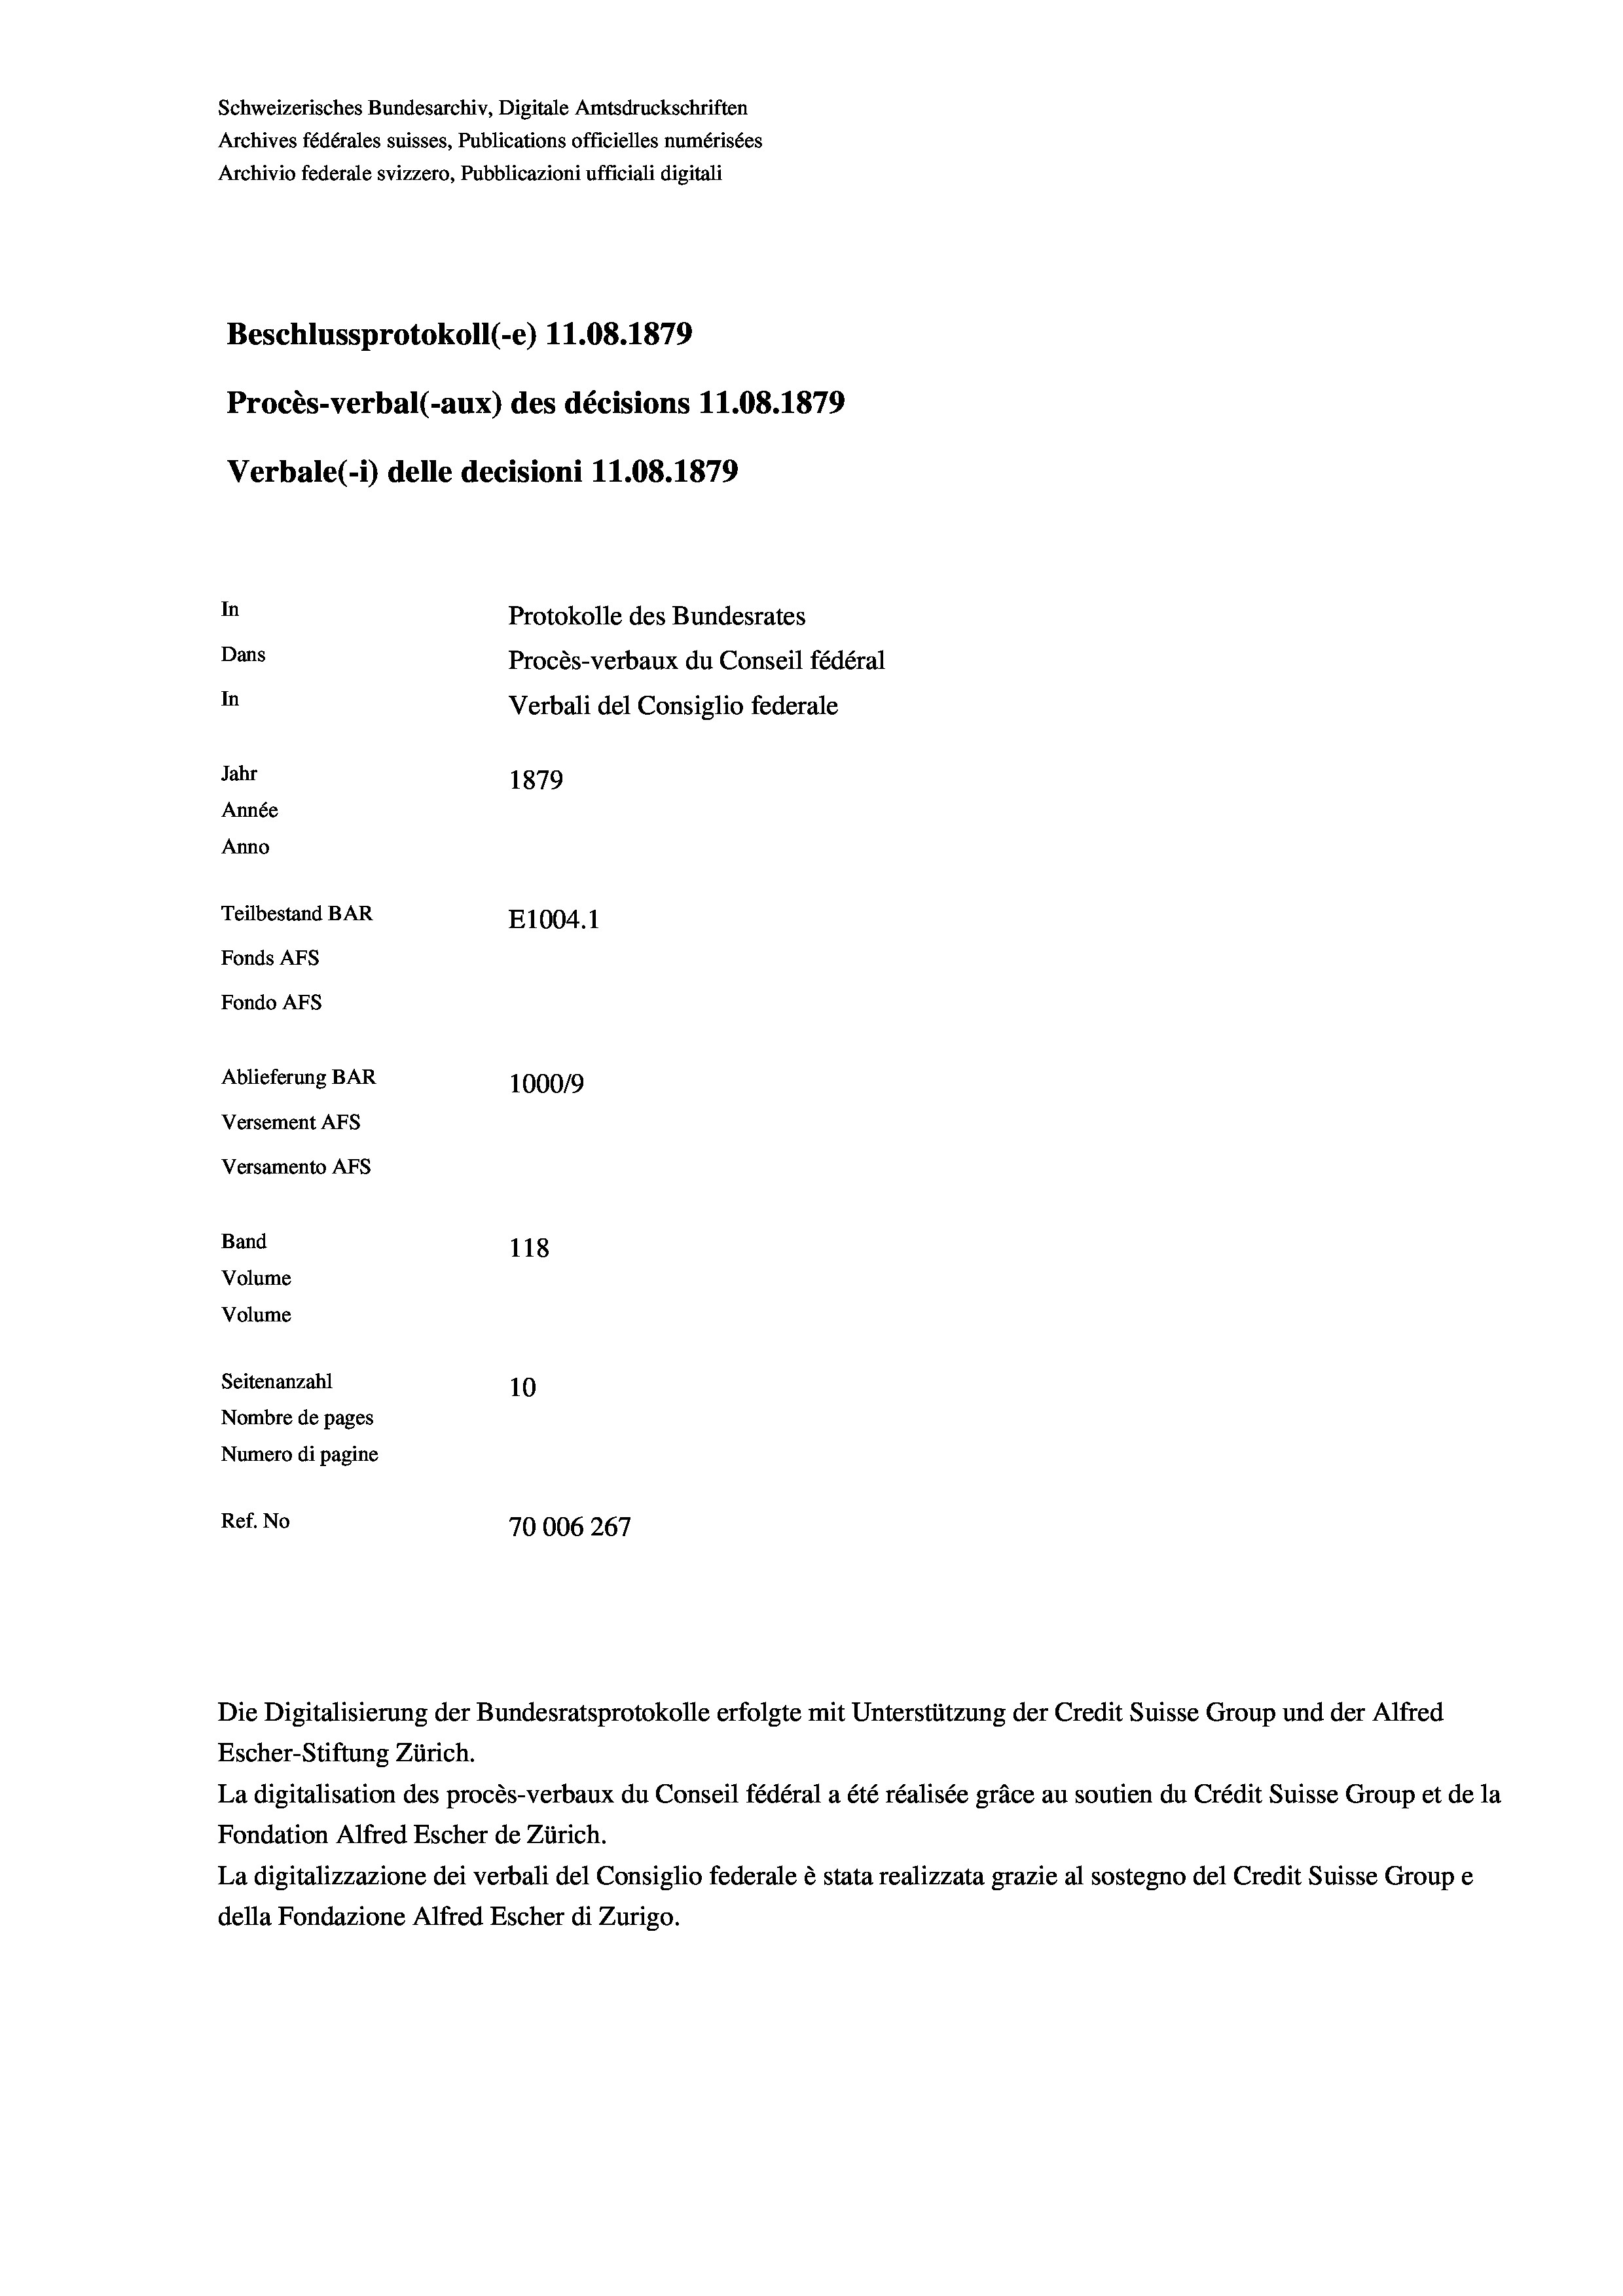
Schweizerisches Bundesarchiv, Digitale Amtsdruckschriften
Archives fédérales suisses, Publications officielles numérisées
Archivio federale svizzero, Pubblicazioni ufficiali digitali
Beschlussprotokoll (-e) 11.08. 1879
Procès-verbal (-aux) des décisions 11.08. 1879
Verbale (1) delle decisioni 11.08. 1879
In
Protokolle des Bundesrates
Dans
Procès-verbaux du Conseil fédéral
In
Verbali del Consiglio federale
Jahr
1879
Année
Anno
Teilbestand BAR
E1004. 1
Fonds AEs
Fondo AFs
Ablieferung BAR
100019
Versement AFS
Versamento Afs
Band
118
Volume
Volume

Seitenanzahl
10
Nombre de pages
Numero di pagine
Ref. No
70006267

Escher-Stiftung Zürich.
La digitalisation des procès-verbaux du Conseil fédéral a été réalisée gräce au soutien du Crédit Suisse Group et de la
Fondation Alfred Escher de Zürich.
La digitalizzazione dei verbali del Consiglio federale è stata realizzata grazie al sostegno del Credit Suisse Groupe
della Fondazione Alfred Escher di Zurigo.

Die Digitalisierung der Bundesratsprotokolle erfolgte mit Unterstützung der Credit Suisse Group und der Alfred